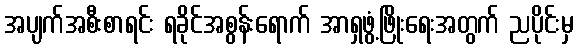
အပျက်အစီးစာရင်း ရခိုင်အစွန်းရောက် အာရှဖွံ့ဖြိုးရေးအတွက် ညပိုင်းမှ